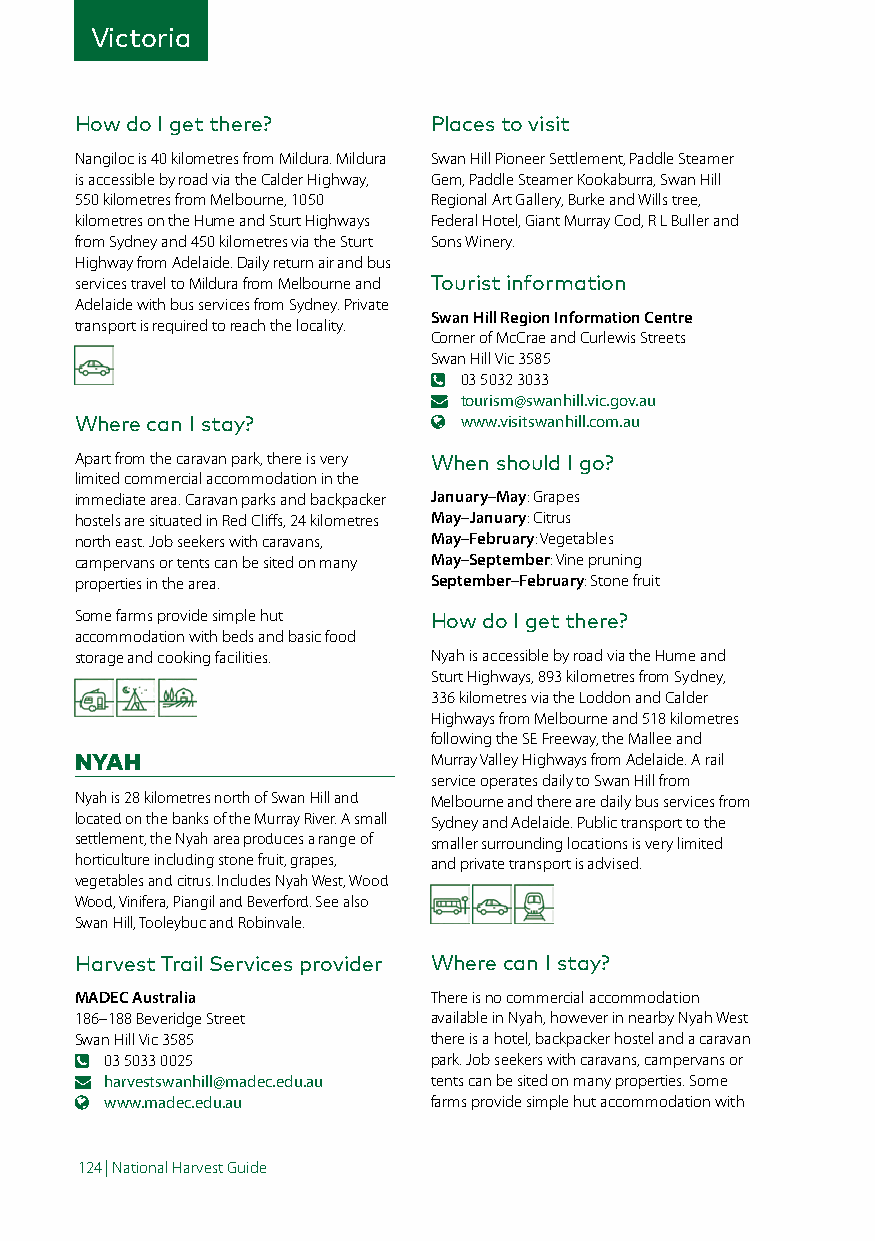
Victoria
 How do I get there?    Places to visit
 Nangiloc is 40 kilometres from Mildura. Mildura Swan Hill Pioneer Settlement, Paddle Steamer
 is accessible by road via the Calder Highway, Gem, Paddle Steamer Kookaburra, Swan Hill
 550 kilometres from Melbourne, 1050 Regional Art Gallery, Burke and Wills tree,
 kilometres on the Hume and Sturt Highways Federal Hotel, Giant Murray Cod, R L Buller and
 from Sydney and 450 kilometres via the Sturt Sons Winery.
 Highway from Adelaide. Daily return air and bus
 services travel to Mildura from Melbourne and Tourist information
 Adelaide with bus services from Sydney. Private
 Swan Hill Region Information Centre
 transport is required to reach the locality.
 Corner of McCrae and Curlewis Streets
 Swan Hill Vic 3585
 03 5032 3033
 tourism@swanhill.vic.gov.au
 Where can I stay?        www.visitswanhill.com.au
 Apart from the caravan park, there is very When should I go?
 limited commercial accommodation in the
 immediate area. Caravan parks and backpacker January–May: Grapes
 hostels are situated in Red Cliffs, 24 kilometres May–January: Citrus
 north east. Job seekers with caravans, May–February: Vegetables
 campervans or tents can be sited on many May–September: Vine pruning
 properties in the area. September–February: Stone fruit
 Some farms provide simple hut How do I get there?
 accommodation with beds and basic food
 storage and cooking facilities. Nyah is accessible by road via the Hume and
 Sturt Highways, 893 kilometres from Sydney,
 336 kilometres via the Loddon and Calder
 Highways from Melbourne and 518 kilometres
 following the SE Freeway, the Mallee and
 NYAH                   Murray Valley Highways from Adelaide. A rail
 service operates daily to Swan Hill from
 Nyah is 28 kilometres north of Swan Hill and Melbourne and there are daily bus services from
 located on the banks of the Murray River. A small Sydney and Adelaide. Public transport to the
 settlement, the Nyah area produces a range of smaller surrounding locations is very limited
 horticulture including stone fruit, grapes, and private transport is advised.
 vegetables and citrus. Includes Nyah West, Wood
 Wood, Vinifera, Piangil and Beverford. See also
 Swan Hill, Tooleybuc and Robinvale.
 Harvest Trail Services provider Where can I stay?
 MADEC Australia        There is no commercial accommodation
 186–188 Beveridge Street available in Nyah, however in nearby Nyah West
 Swan Hill Vic 3585     there is a hotel, backpacker hostel and a caravan
 03 5033 0025         park. Job seekers with caravans, campervans or
 harvestswanhill@madec.edu.au tents can be sited on many properties. Some
 www.madec.edu.au     farms provide simple hut accommodation with
 124 | National Harvest Guide